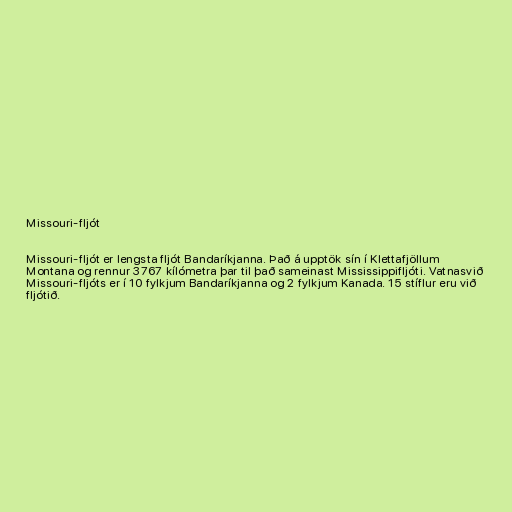
Missouri-fljót

Missouri-fljót er lengsta fljót Bandaríkjanna. Það á upptök sín í Klettafjöllum
Montana og rennur 3767 kílómetra þar til það sameinast Mississippifljóti. Vatnasvið
Missouri-fljóts er í 10 fylkjum Bandaríkjanna og 2 fylkjum Kanada. 15 stíflur eru við
fljótið.